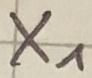
Text: X1